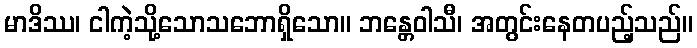
မာဒိဿ၊ ငါကဲ့သို့သောသဘောရှိသော။ ဘန္တေဝါသီ၊ အတွင်းနေတပည့်သည်။